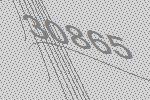
30865